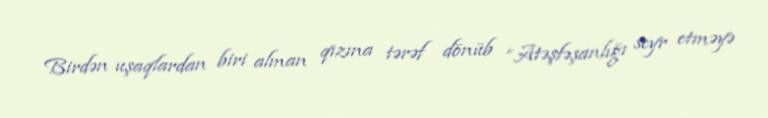
Birdən uşaqlardan biri alman qızına tərəf dönüb “Atəşfəşanlığı seyr etməyə